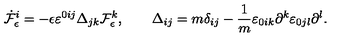
\dot { \cal F } _ { \epsilon } ^ { i } = - \epsilon \varepsilon ^ { 0 i j } \Delta _ { j k } { \cal F } _ { \epsilon } ^ { k } , \qquad \Delta _ { i j } = m \delta _ { i j } - \frac { 1 } { m } \varepsilon _ { 0 i k } \partial ^ { k } \varepsilon _ { 0 j l } \partial ^ { l } .